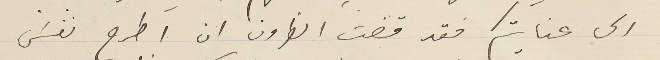
الى عنايتكم فقد قضت الظروف ان اطرح نفسَى